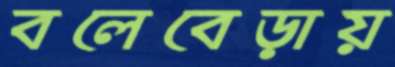
বলেবেড়ায়